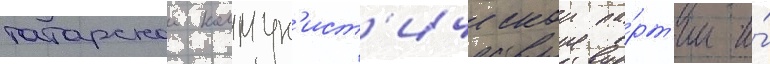
татарскои коммун'ист'ическои па́рт'ии и́